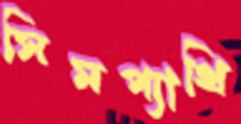
সিমপ্যাথি